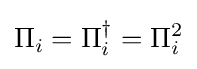
\Pi _{i}=\Pi _{i}^{\dagger }=\Pi _{i}^{2}